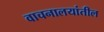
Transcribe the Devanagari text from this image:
वाचनालयांतील